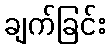
ချက်ခြင်း